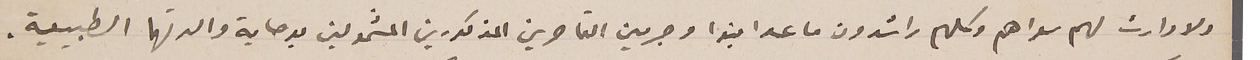
ولا وارث لهم سواهم وكلهم راشدون ما عدا فيرا وجرمين القاصرين المذكورين المشمولين بوصاية والدتهما الطبيعية.